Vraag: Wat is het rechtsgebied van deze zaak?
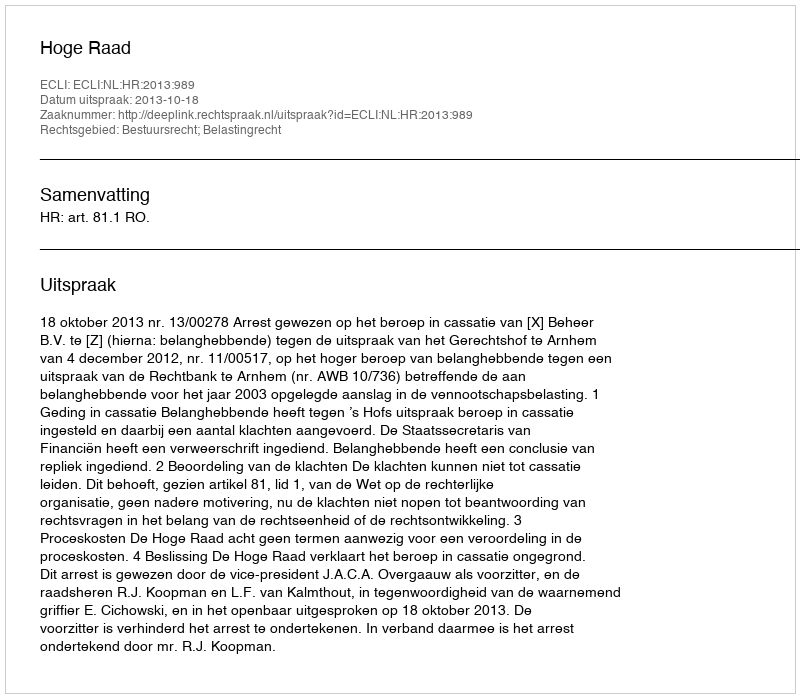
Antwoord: Bestuursrecht; Belastingrecht